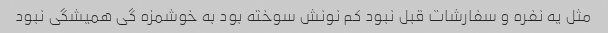
مثل یه نفره و سفارشات قبل نبود کم نونش سوخته بود به خوشمزه گی همیشگی نبود